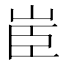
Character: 𦣟